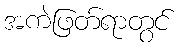
အကဲဖြတ်ရာတွင်